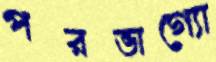
পরভাগ্যো